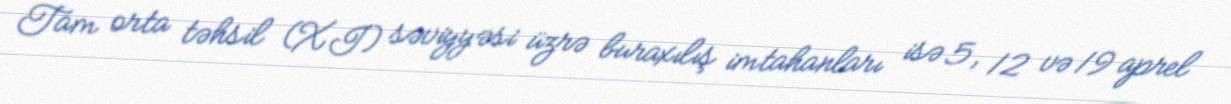
Tam orta təhsil (XI) səviyyəsi üzrə buraxılış imtahanları isə 5, 12 və 19 aprel